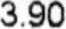
3.90